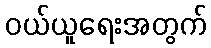
ဝယ်ယူရေးအတွက်